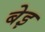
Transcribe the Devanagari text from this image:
बेइ